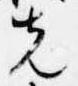
先